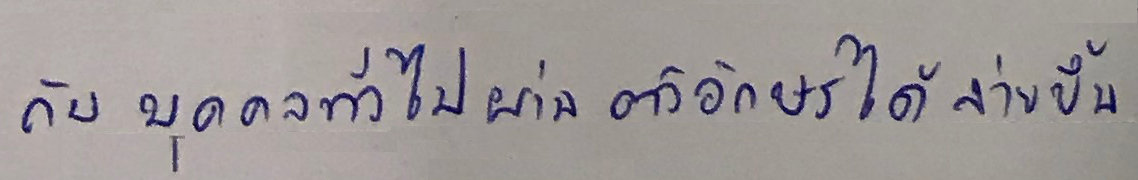
กับ บุคคลทั่วไปผ่านตัวอักษรได้ง่ายขึ้น